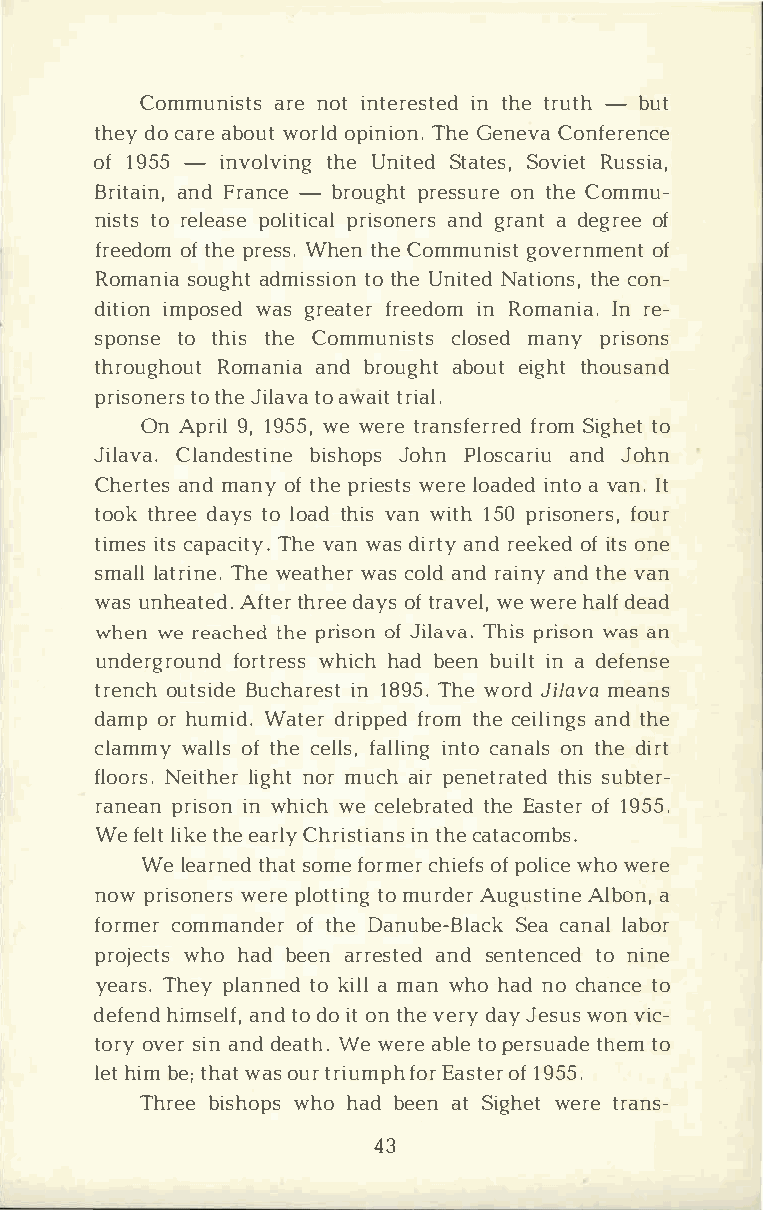
Communairsneto sit n terienst thteerd u -thb ut
 thedyoc araeb owuotr olpdi nTihoGene .n eCvoan ference
 of1 95-5i nvoltvhiUenn gi tSetda tSeosv,iR euts sia,
 BritaanidFn r,a n-cber oupgrhets sountr heCe o mmu­
 nisttors e lepaoslei ptriicsaolan nedgr rsa and te groefe
 freeodfto hmpe r ess.t hWCeho emnm ungiosvte rnomfe nt
 Romansioau gahdtm istsoti hoUenn itNeadt itohnceso ,n ­
 ditiimopno sweadsg reaftreere idnoR mo manIinra e.­
 spontsoet hitsh eC ommunicsltossm eadn yp risons
 througRhoomuatna inadb rouagbhoteu itg thhto usand
 prisotnote hJreis l taoav waa tirti al.
 OnA pr9i,1l 9 5w5e,w erter ansfferroSrmie gdth oe t
 JilaCvlaa.n debsitsihnJoeop hsPn l oscaanrdJi ouh n
 Cheratnemdsa noyft hper iewsetrlseo adiendatv oa n. It
 tootkh rdeaey tsol oatdh viaswn i t1h5 p0r isofnoeurrs ,
 timietcssa pacTihtveya w.na dsi ratnyrd e ekoefid to sn e
 smallalt rTihnweee .a twhaecsro ladnr da iannytd h vea n
 wausn heaAtfettdeh.rr d eaeyo sft rawveew le,rh ea dlefa d
 whenw er eachtehdep r isoonfJ ilaTvhai.ps r isowna sa n
 undergrfoourntwdrh eischsha db eebnu iilnat d efense
 trenocuht sBiudceh airn1e 8s9tT5 h.we o rJdi lamveaa ns
 damoprh umiWda.t edrr ipfpreodtm h cee ilainntdgh se
 clamwmayl olfts h cee lflasl,li inntcgoa naolnts h dei rt
 flooNresi.tl hiegnrho tmr u cahi pre nettrhasituseb dt er­
 raneparni sionwn h iwcehc elebtrhaEeta esdot fe1 r9 55.
 Wef ellittk heee a rClhyr isitnti hacena st acombs.
 Wel eartnhesadot m feo rmcehrio efpf osl wihcowe e re
 nowp risowneerprels o tttomi unrgd Aeurg usAtlibnaaen ,
 formceorm manodfte hrDe a nube-SBelaa cclkaa nbaolr
 projwehcoth sa db eeanr reasntedsd e ntetnocn eidn e
 yearTsh.ep yl antnoke idal m la nw hoh ando c hantcoe
 defehimnsdel fa,nt dod oi otn t hvee rdya Jye swuosnv ic­
 toroyv esria nn dde aWtehw .e raeb tloep ersutahdetemo
 lehti bme t;h ato uwtrar si ufmopErha sotf1e 9r5 5.
 Thrbeie shwohpohs a db eeantS ighweetrt er ans-
 43